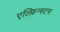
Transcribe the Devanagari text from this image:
एल्फ़िन्स्टन